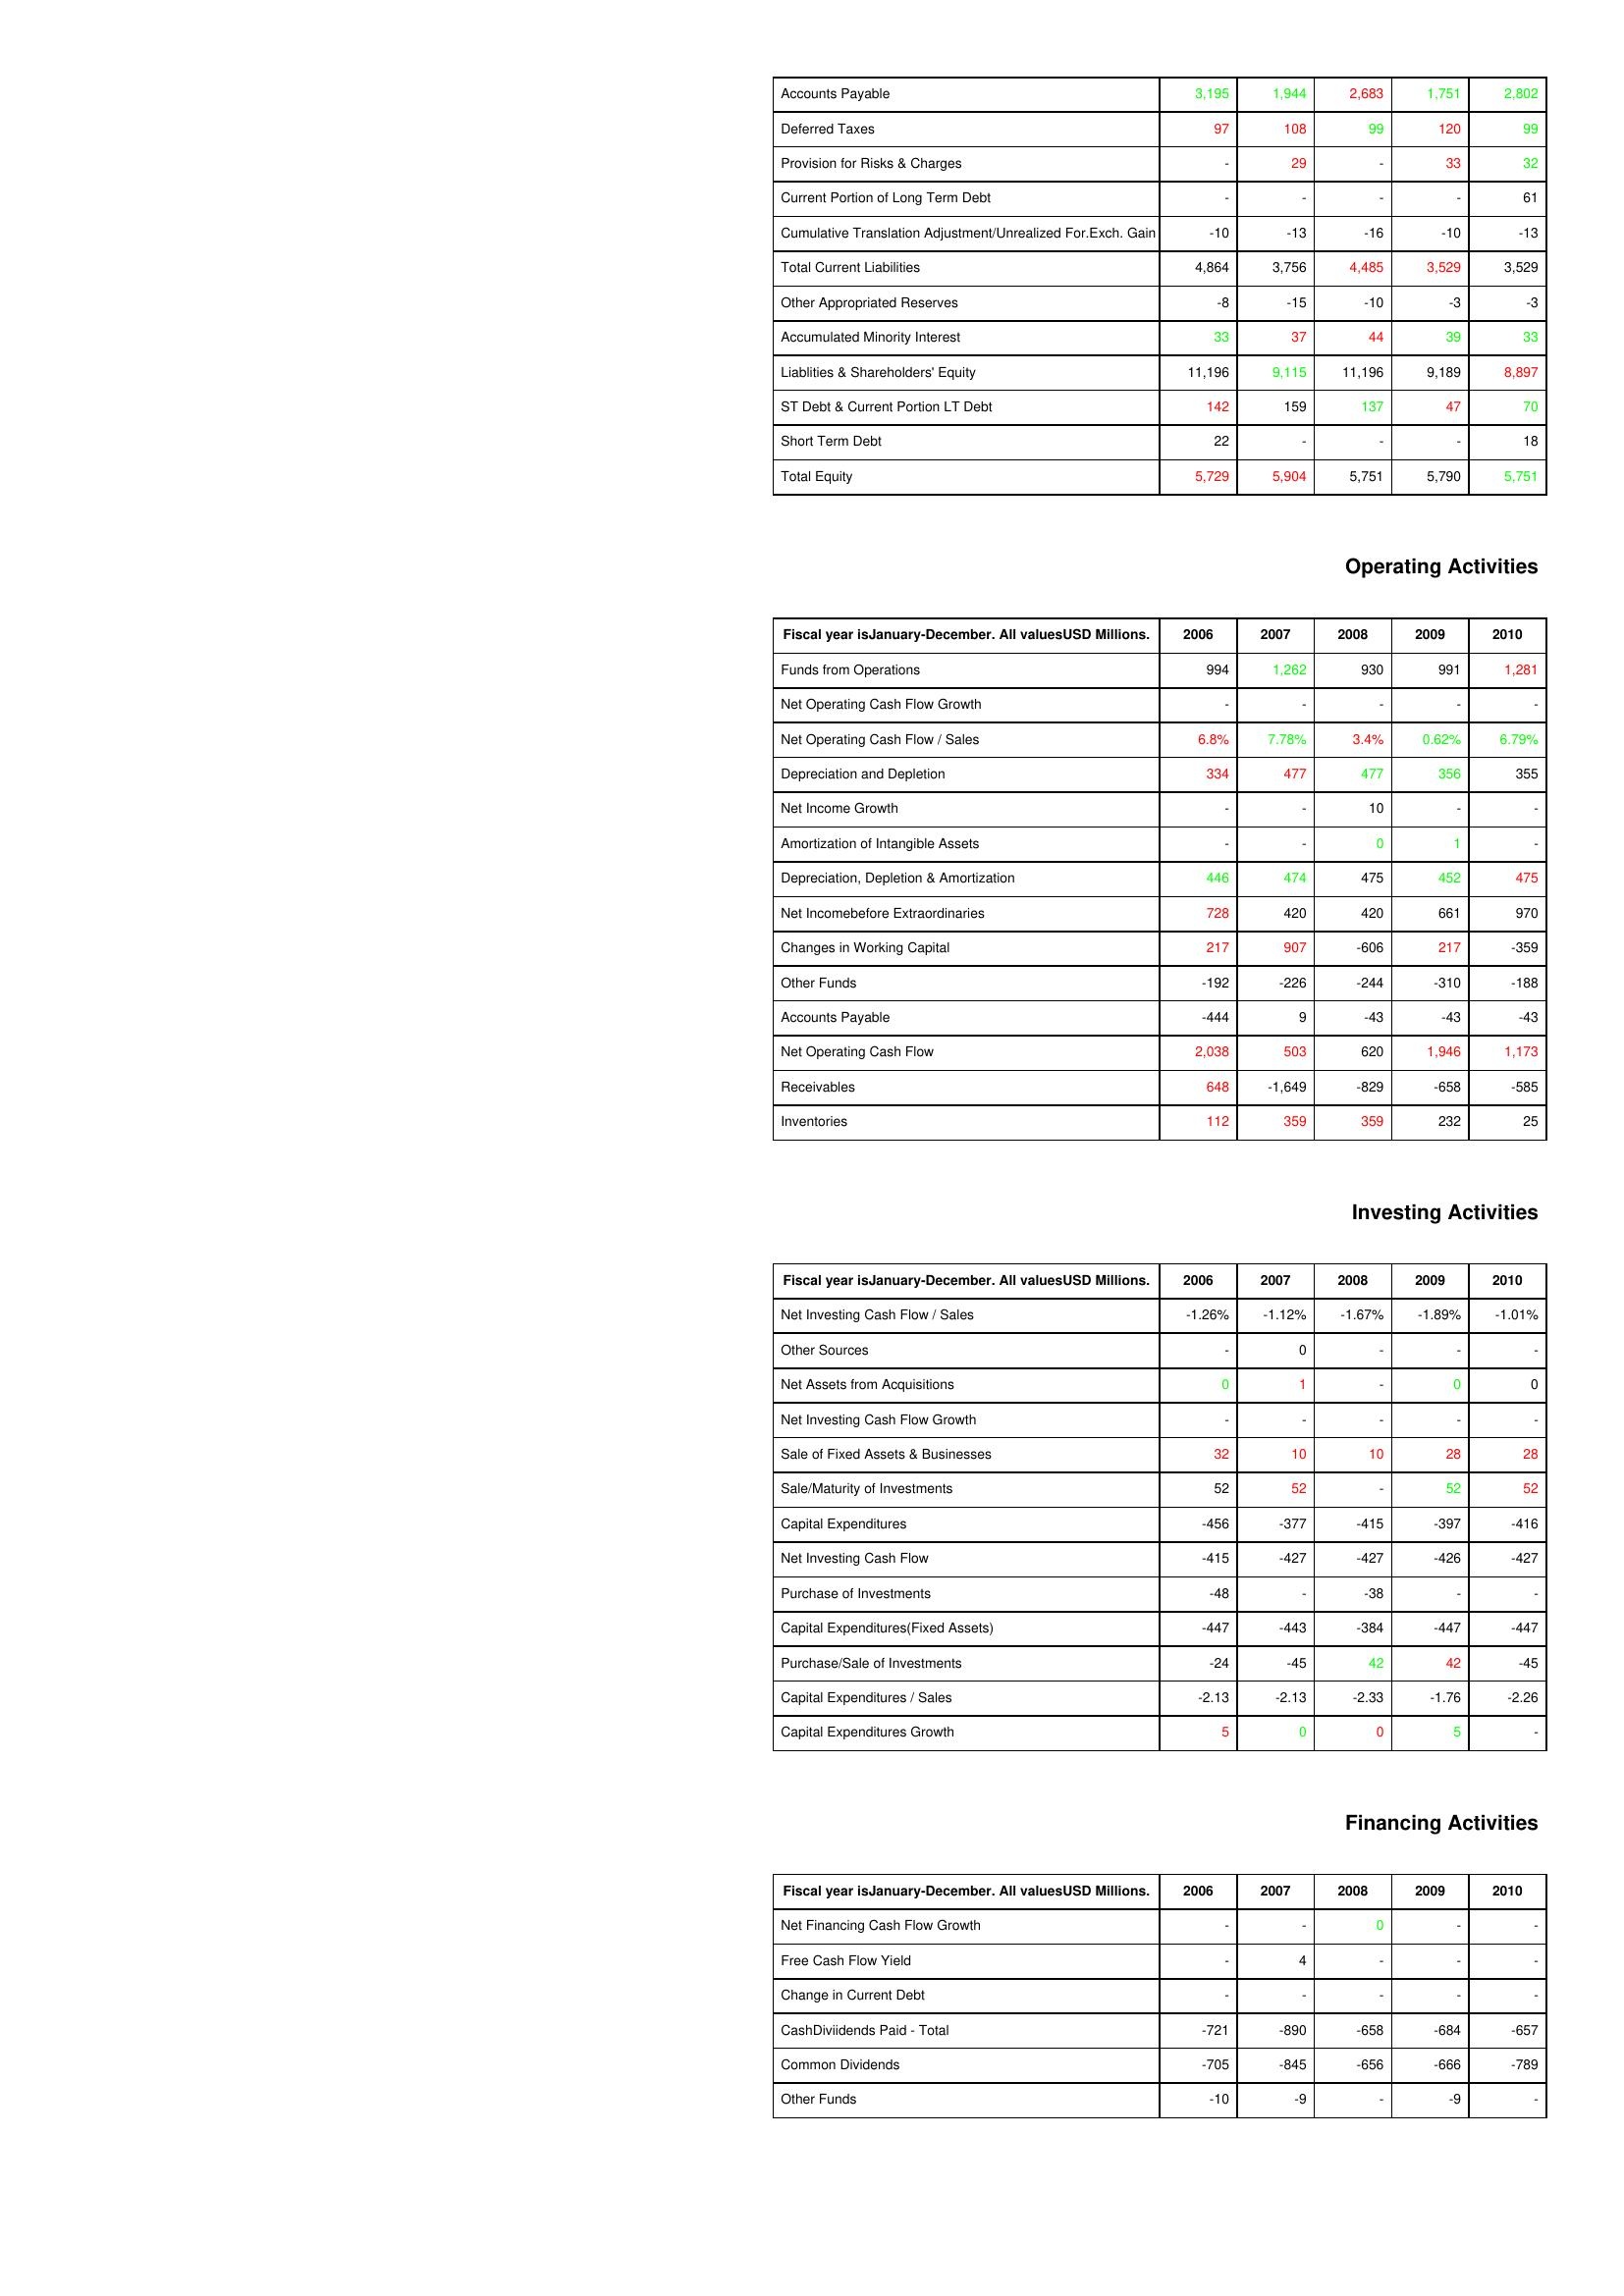
gt_parse: 2006: Liabilities & Shareholder's Equity: Accounts Payable: 3,195
Deferred Taxes: 97
Provision for Risks & Charges: -
Current Portion of Long Term Debt: -
Cumulative Translation Adjustment/Unrealized For.Exch. Gain: -10
Total Current Liabilities: 4,864
Other Appropriated Reserves: -8
Accumulated Minority Interest: 33
Liablities & Shareholders' Equity: 11,196
ST Debt & Current Portion LT Debt: 142
Short Term Debt: 22
Total Equity: 5,729
Operating Activities: Funds from Operations: 994
Net Operating Cash Flow Growth: -
Net Operating Cash Flow / Sales: 6.8%
Depreciation and Depletion: 334
Net Income Growth: -
Amortization of Intangible Assets: -
Depreciation, Depletion & Amortization: 446
Net Incomebefore Extraordinaries: 728
Changes in Working Capital: 217
Other Funds: -192
Accounts Payable: -444
Net Operating Cash Flow: 2,038
Receivables: 648
Inventories: 112
Investing Activities: Net Investing Cash Flow / Sales: -1.26%
Other Sources: -
Net Assets from Acquisitions: 0
Net Investing Cash Flow Growth: -
Sale of Fixed Assets & Businesses: 32
Sale/Maturity of Investments: 52
Capital Expenditures: -456
Net Investing Cash Flow: -415
Purchase of Investments: -48
Capital Expenditures(Fixed Assets): -447
Purchase/Sale of Investments: -24
Capital Expenditures / Sales: -2.13
Capital Expenditures Growth: 5
Financing Activities: Net Financing Cash Flow Growth: -
Free Cash Flow Yield: -
Change in Current Debt: -
CashDiviidends Paid - Total: -721
Common Dividends: -705
Other Funds: -10
2007: Liabilities & Shareholder's Equity: Accounts Payable: 1,944
Deferred Taxes: 108
Provision for Risks & Charges: 29
Current Portion of Long Term Debt: -
Cumulative Translation Adjustment/Unrealized For.Exch. Gain: -13
Total Current Liabilities: 3,756
Other Appropriated Reserves: -15
Accumulated Minority Interest: 37
Liablities & Shareholders' Equity: 9,115
ST Debt & Current Portion LT Debt: 159
Short Term Debt: -
Total Equity: 5,904
Operating Activities: Funds from Operations: 1,262
Net Operating Cash Flow Growth: -
Net Operating Cash Flow / Sales: 7.78%
Depreciation and Depletion: 477
Net Income Growth: -
Amortization of Intangible Assets: -
Depreciation, Depletion & Amortization: 474
Net Incomebefore Extraordinaries: 420
Changes in Working Capital: 907
Other Funds: -226
Accounts Payable: 9
Net Operating Cash Flow: 503
Receivables: -1,649
Inventories: 359
Investing Activities: Net Investing Cash Flow / Sales: -1.12%
Other Sources: 0
Net Assets from Acquisitions: 1
Net Investing Cash Flow Growth: -
Sale of Fixed Assets & Businesses: 10
Sale/Maturity of Investments: 52
Capital Expenditures: -377
Net Investing Cash Flow: -427
Purchase of Investments: -
Capital Expenditures(Fixed Assets): -443
Purchase/Sale of Investments: -45
Capital Expenditures / Sales: -2.13
Capital Expenditures Growth: 0
Financing Activities: Net Financing Cash Flow Growth: -
Free Cash Flow Yield: 4
Change in Current Debt: -
CashDiviidends Paid - Total: -890
Common Dividends: -845
Other Funds: -9
2008: Liabilities & Shareholder's Equity: Accounts Payable: 2,683
Deferred Taxes: 99
Provision for Risks & Charges: -
Current Portion of Long Term Debt: -
Cumulative Translation Adjustment/Unrealized For.Exch. Gain: -16
Total Current Liabilities: 4,485
Other Appropriated Reserves: -10
Accumulated Minority Interest: 44
Liablities & Shareholders' Equity: 11,196
ST Debt & Current Portion LT Debt: 137
Short Term Debt: -
Total Equity: 5,751
Operating Activities: Funds from Operations: 930
Net Operating Cash Flow Growth: -
Net Operating Cash Flow / Sales: 3.4%
Depreciation and Depletion: 477
Net Income Growth: 10
Amortization of Intangible Assets: 0
Depreciation, Depletion & Amortization: 475
Net Incomebefore Extraordinaries: 420
Changes in Working Capital: -606
Other Funds: -244
Accounts Payable: -43
Net Operating Cash Flow: 620
Receivables: -829
Inventories: 359
Investing Activities: Net Investing Cash Flow / Sales: -1.67%
Other Sources: -
Net Assets from Acquisitions: -
Net Investing Cash Flow Growth: -
Sale of Fixed Assets & Businesses: 10
Sale/Maturity of Investments: -
Capital Expenditures: -415
Net Investing Cash Flow: -427
Purchase of Investments: -38
Capital Expenditures(Fixed Assets): -384
Purchase/Sale of Investments: 42
Capital Expenditures / Sales: -2.33
Capital Expenditures Growth: 0
Financing Activities: Net Financing Cash Flow Growth: 0
Free Cash Flow Yield: -
Change in Current Debt: -
CashDiviidends Paid - Total: -658
Common Dividends: -656
Other Funds: -
2009: Liabilities & Shareholder's Equity: Accounts Payable: 1,751
Deferred Taxes: 120
Provision for Risks & Charges: 33
Current Portion of Long Term Debt: -
Cumulative Translation Adjustment/Unrealized For.Exch. Gain: -10
Total Current Liabilities: 3,529
Other Appropriated Reserves: -3
Accumulated Minority Interest: 39
Liablities & Shareholders' Equity: 9,189
ST Debt & Current Portion LT Debt: 47
Short Term Debt: -
Total Equity: 5,790
Operating Activities: Funds from Operations: 991
Net Operating Cash Flow Growth: -
Net Operating Cash Flow / Sales: 0.62%
Depreciation and Depletion: 356
Net Income Growth: -
Amortization of Intangible Assets: 1
Depreciation, Depletion & Amortization: 452
Net Incomebefore Extraordinaries: 661
Changes in Working Capital: 217
Other Funds: -310
Accounts Payable: -43
Net Operating Cash Flow: 1,946
Receivables: -658
Inventories: 232
Investing Activities: Net Investing Cash Flow / Sales: -1.89%
Other Sources: -
Net Assets from Acquisitions: 0
Net Investing Cash Flow Growth: -
Sale of Fixed Assets & Businesses: 28
Sale/Maturity of Investments: 52
Capital Expenditures: -397
Net Investing Cash Flow: -426
Purchase of Investments: -
Capital Expenditures(Fixed Assets): -447
Purchase/Sale of Investments: 42
Capital Expenditures / Sales: -1.76
Capital Expenditures Growth: 5
Financing Activities: Net Financing Cash Flow Growth: -
Free Cash Flow Yield: -
Change in Current Debt: -
CashDiviidends Paid - Total: -684
Common Dividends: -666
Other Funds: -9
2010: Liabilities & Shareholder's Equity: Accounts Payable: 2,802
Deferred Taxes: 99
Provision for Risks & Charges: 32
Current Portion of Long Term Debt: 61
Cumulative Translation Adjustment/Unrealized For.Exch. Gain: -13
Total Current Liabilities: 3,529
Other Appropriated Reserves: -3
Accumulated Minority Interest: 33
Liablities & Shareholders' Equity: 8,897
ST Debt & Current Portion LT Debt: 70
Short Term Debt: 18
Total Equity: 5,751
Operating Activities: Funds from Operations: 1,281
Net Operating Cash Flow Growth: -
Net Operating Cash Flow / Sales: 6.79%
Depreciation and Depletion: 355
Net Income Growth: -
Amortization of Intangible Assets: -
Depreciation, Depletion & Amortization: 475
Net Incomebefore Extraordinaries: 970
Changes in Working Capital: -359
Other Funds: -188
Accounts Payable: -43
Net Operating Cash Flow: 1,173
Receivables: -585
Inventories: 25
Investing Activities: Net Investing Cash Flow / Sales: -1.01%
Other Sources: -
Net Assets from Acquisitions: 0
Net Investing Cash Flow Growth: -
Sale of Fixed Assets & Businesses: 28
Sale/Maturity of Investments: 52
Capital Expenditures: -416
Net Investing Cash Flow: -427
Purchase of Investments: -
Capital Expenditures(Fixed Assets): -447
Purchase/Sale of Investments: -45
Capital Expenditures / Sales: -2.26
Capital Expenditures Growth: -
Financing Activities: Net Financing Cash Flow Growth: -
Free Cash Flow Yield: -
Change in Current Debt: -
CashDiviidends Paid - Total: -657
Common Dividends: -789
Other Funds: -